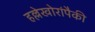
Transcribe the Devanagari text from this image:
हल्लेखोरांपैकी